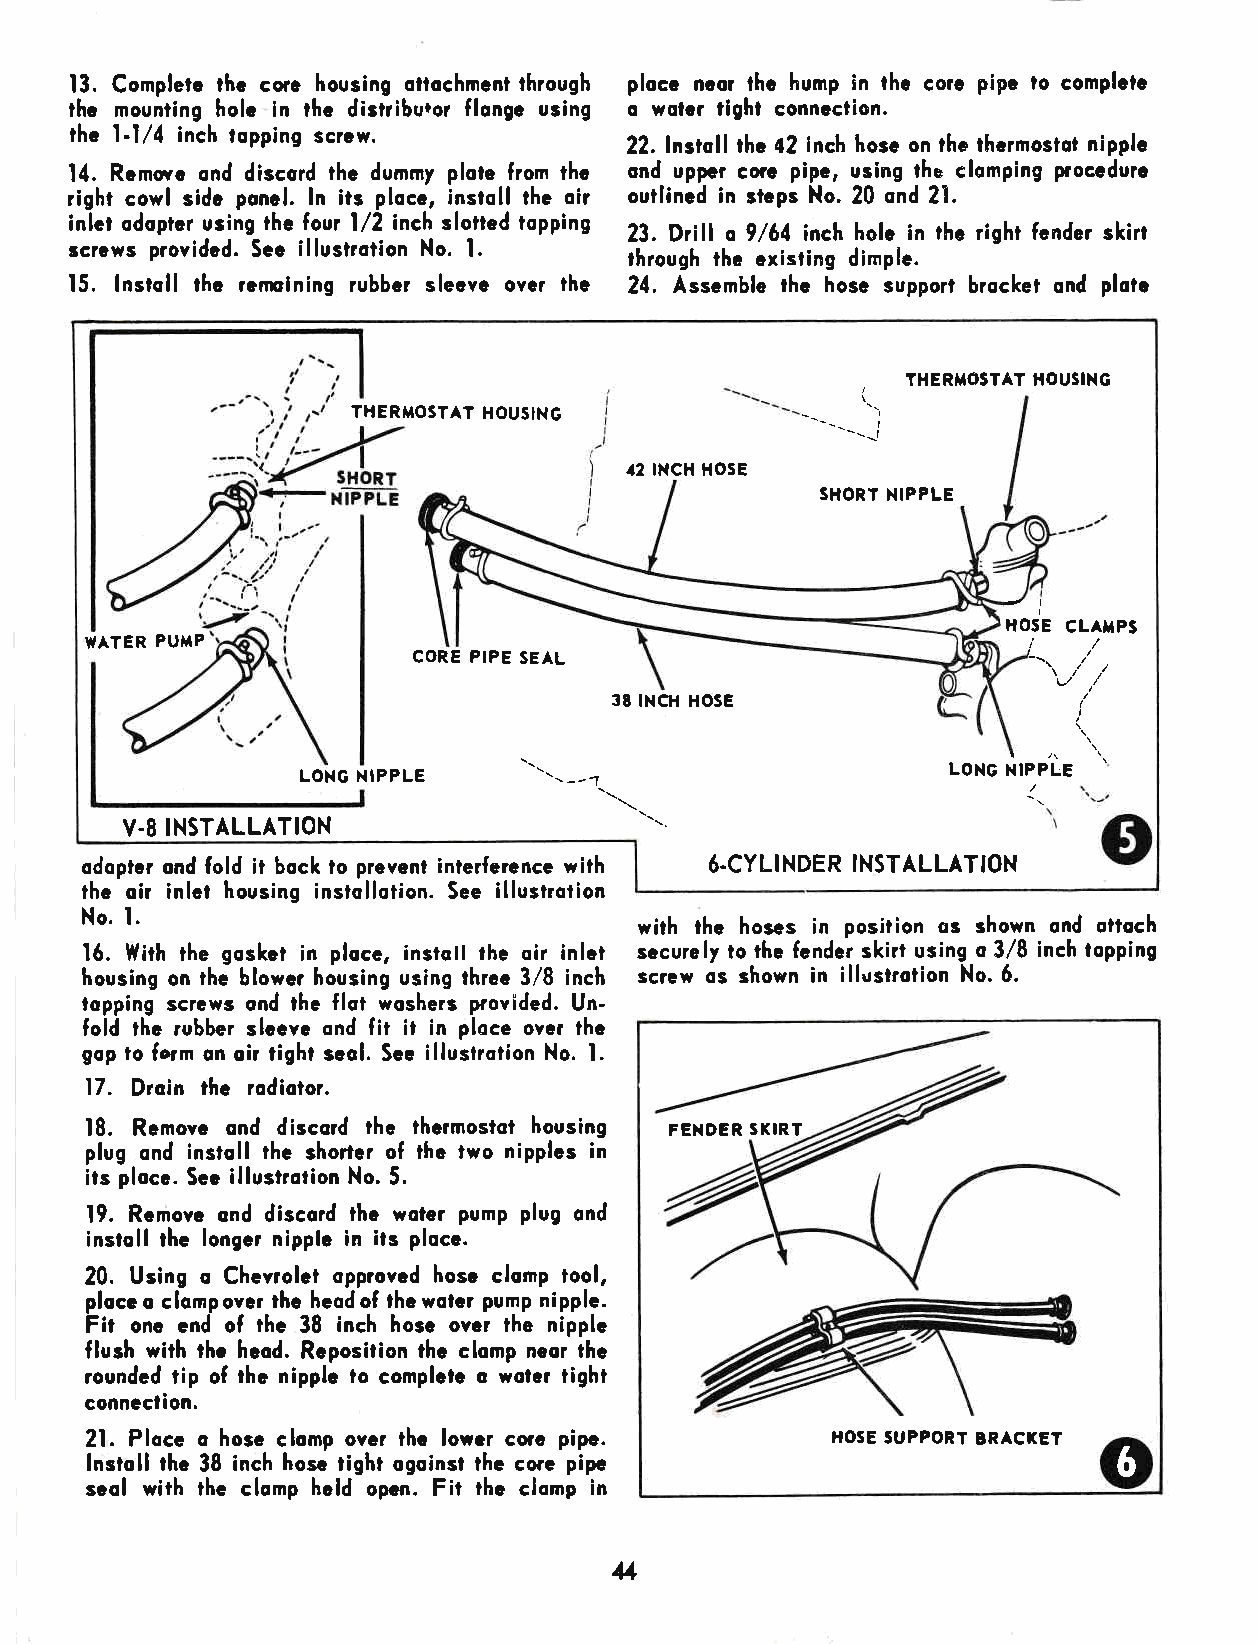
13. Complelc thc corc housing ottochmcnt through plocc ncor thc hump in thc corc pipc lo complclc
 thc mounting holc in thc distriburor flongc using o wolcr tight conncclion"
 thc l-l/1 inch topping scrcw.
 22. lnstoll thc 42 inch hosc on ihe ihcrmoslot nipplc
 14. Rcmovc ond discord thc dummy plote from thc ond uppcr corc pipc, using the clomping proccdurc
 right cowl sidc poncl. ln its plocc, instoll thc oir outlincd in stcps No. 20 ond 21.
 inlct odoptcr using thc four l/2 inch slotted iopping 23. Drill o 9/61 inch holc in tho right fcnder skin
 scrcws providcd. Scc illustrolion No. l.
 through tha cxisting dimplc.
 15. lnstoll thc rcmining rubbcr slecvc ovcr lhc 24. Asscmble thc hosc support brocket ond plotc
 THERMOSTAT HOUSIXG
 THERMOSTAT HOUSING
 l
 a2 lNclt HosE
 SHORT NIPPLE
 I
 HOSE CLATPS
 WATER PUMP
 CORE PIPE SEAL
 38 INCH HOSE
 I
 uoxc rirppte "
 LONG NIPPLE     '- --1 \
 \
 V.8 INSTALLATION                   t:-
 odoptcr ond fold it bock lo prevenl inierfercnce wilh 6.CYL! NDER INSTALLATION
 ihc oir inlct housing instollotion. See illustrotion
 No. l.                               with thc hoses in posiiion os shown ond ottoch
 16. With the goskct in plocc, instoll the oir inlct sacurely to ihc fender skirt using o 3/8 inch topping
 housing on thc blower housing using ihrec 3/8 inch screw os shown in ill,rstrotion No.6.
 topping sercws ond thc flot woshers provided. Un-
 fold thc rubbcr slccvc ond fit it in ploce over thc
 gop to form on oir right scol. Sce illustrotion No. l.
 17. Droin thc rodiotor.
 18. Rcmovc ond discord the lhcrmostol housing FEXDER SXIRT
 plug ond instoll thc shoilcr of the two nipplcs in
 its plocc. Sec illustrotion No. 5.
 19. Rcmovc ond discord lhc wsler pump plug ond
 instoll thc longcr nipplo in its ploca.
 20. Using o Chevrolct opprovcd hosc clomp tool,
 plocc o clompovcr thc heodof thcwolcr pump nipple.
 Fit onc cnd of thc 38 inch hosc ovar the nipplc
 flush with thc hcod. Rcposition rhc clomp neor thc
 rounded rip of thc nipplc to complctc o wotcr tight
 conncclion.
 21. Plocc o hosc clomp ovcr lhc lorcr corc pipc. }IOSE SUPPORT BRACKET
 lnstoll tha 38 inch hose tight ogoinst thc corc pipc                6
 sco! wirh thc clomp hcld opcn. Fit thc clomp in
 4